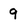
Character: 9